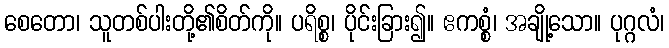
စေတော၊ သူတစ်ပါးတို့၏စိတ်ကို။ ပရိစ္စ၊ ပိုင်းခြား၍။ ဧကစ္စံ၊ အချို့သော။ ပုဂ္ဂလံ၊